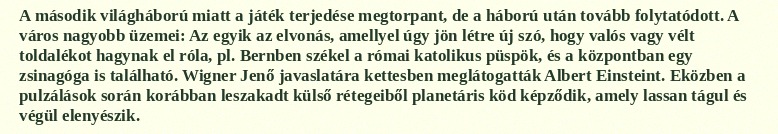
A második világháború miatt a játék terjedése megtorpant, de a háború után tovább folytatódott. A város nagyobb üzemei: Az egyik az elvonás, amellyel úgy jön létre új szó, hogy valós vagy vélt toldalékot hagynak el róla, pl. Bernben székel a római katolikus püspök, és a központban egy zsinagóga is található. Wigner Jenő javaslatára kettesben meglátogatták Albert Einsteint. Eközben a pulzálások során korábban leszakadt külső rétegeiből planetáris köd képződik, amely lassan tágul és végül elenyészik.